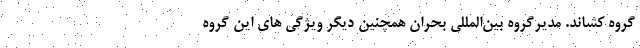
گروه کشاند. مدیرگروه بین‌المللی بحران همچنین دیگر ویژگی های این گروه